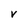
Character: V